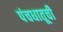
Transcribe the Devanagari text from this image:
पंचधातूची